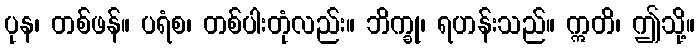
ပုန၊ တစ်ဖန်။ ပရံစ၊ တစ်ပါးတုံလည်း။ ဘိက္ခု၊ ရဟန်းသည်။ ဣတိ၊ ဤသို့။